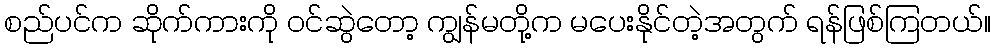
စည်ပင်က ဆိုက်ကားကို ဝင်ဆွဲတော့ ကျွန်မတို့က မပေးနိုင်တဲ့အတွက် ရန်ဖြစ်ကြတယ်။